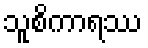
သူစိကာရဿ